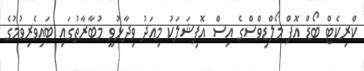
ކްރިކެޓް ބޯޑް އޮފް މޯލްޑިވްސްގެ އިސް އޮފިޝަލަކު މިއަދު ވިދާޅުވީ މުބާރާތުގައި ބައިވެރިވުމުގެ